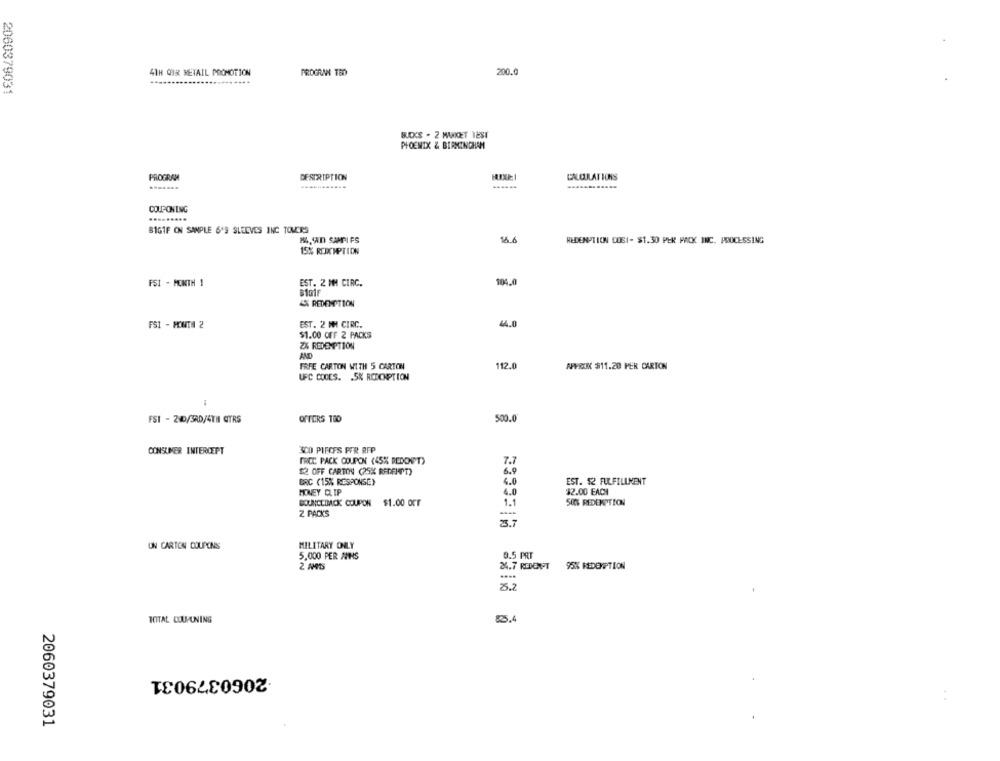
41H OIR RETAIL PROMOTION
PROGRAN TED
200.0
2060379031
B.EKS . 2 MARKET TESI
PHOENIX & BIRMINGHAM
DESCRIPTION
CALCULATIONS
PROGRAM
...........
COUPONING
B1GIF CN SAMPLE 6'S SLEEVES INC TOVERS
84,90 SAMPI FS
14.6
REDEMPTION COSI- $1.30 PER PACK INC. PROCESSING
15% REDEMPTION
104.0
FSI - MONTH 1
EST. 2 MM CIRC.
4X REDEMPTION
FSI - MONTH 2
EST. 2 MM CIRC.
44.0
$1.00 Or 2 PACKS
2X REDEMPTION
FREE CARTON WITH 5 CARTON
112.0
APPRXIK $11.20 PER CARTON
UFC COCES. 5% RCDCMPTION
OFFERS TRO
500.0
FSI - 240/3RD/4TH GITRS
3CO PIFCES POR RFP
CONSUMER INTERCEPT
FREE PACK COUPON (45% REDONPT)
7.7
$2 OFF CARTON (25% REDEHPT)
6.9
BRC (15% RESPONSE)
EST. $2 FULFILLMENT
4.0
HONEY CLIP
4.0
$2.00 EACH
BOUNCEDBACK COUPON $1.00 OFT
1.1
SON REDEMPTION
2 PACKS
25.7
ON CARTON COUPONS
MILITARY ONLY
5,000 PER ANS
0.5 PRT
2 AMBS
24.7 REDENPT
95% REDEMPTION
25.2
TOTAL COUPONING
8.4
2060379031
2060379031